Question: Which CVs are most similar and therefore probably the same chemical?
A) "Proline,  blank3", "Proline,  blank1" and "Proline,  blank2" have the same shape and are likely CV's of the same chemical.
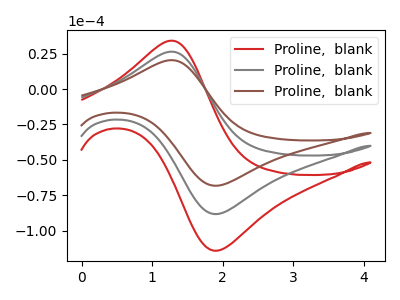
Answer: <think>The red curve "Proline,  blank1" has an anodic peak at (1.30V, 52.90uA) and a cathodic peak at (1.95V, -176.50uA). The gray curve "Proline,  blank2" has an anodic peak at (1.30V, 26.45uA) and a cathodic peak at (1.95V, -88.25uA). The brown curve "Proline,  blank3" has an anodic peak at (1.30V, 20.45uA) and a cathodic peak at (1.95V, -68.25uA).
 All the peaks in "Proline,  blank1" have a peak in "Proline,  blank2" at the same potential. Every peak in "Proline,  blank1" is higher than every peak in "Proline,  blank2". All the peaks in "Proline,  blank1" have a peak in "Proline,  blank3" at the same potential. Every peak in "Proline,  blank1" is higher than every peak in "Proline,  blank3". All the peaks in "Proline,  blank2" have a peak in "Proline,  blank3" at the same potential. Every peak in "Proline,  blank2" is higher than every peak in "Proline,  blank3".</think>
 <answer>A) "Proline,  blank3", "Proline,  blank1" and "Proline,  blank2" have the same shape and are likely CV's of the same chemical.</answer>
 <eval>A</eval>